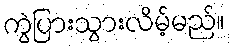
ကွဲပြားသွားလိမ့်မည်။